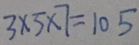
3 \times 5 \times 7 = 1 0 5